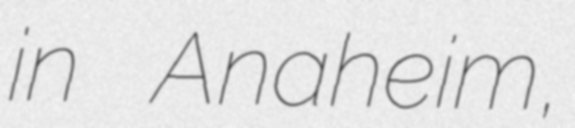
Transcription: in Anaheim,